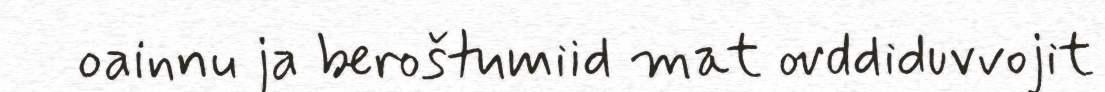
oainnu ja beroštumiid mat ovddiduvvojit